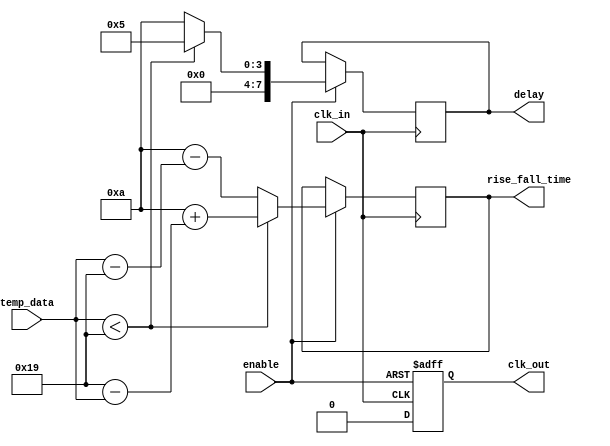
module TempCompClockBuffer (
    input wire clk_in,            // Input clock signal
    input wire [7:0] temp_data,   // Temperature sensor data (8-bit)
    input wire enable,            // Enable signal for the buffer
    output reg clk_out,           // Buffered output clock signal
    output reg [7:0] rise_fall_time, // Adjustable rise and fall times
    output reg [7:0] delay        // Adjustable delay based on temperature
);

    // Parameters for clock characteristics
    parameter BASE_RISE_TIME = 10; // Base rise time in ns
    parameter BASE_FALL_TIME = 10; // Base fall time in ns
    parameter TEMP_THRESHOLD = 25; // Example threshold temperature

    // Internal signals
    reg [7:0] adjusted_rise_time;
    reg [7:0] adjusted_fall_time;
    reg [7:0] adjusted_delay;

    // Clock buffering process
    always @(posedge clk_in or negedge enable) begin
        if (!enable) begin
            clk_out <= 1'b0; // Disable output clock when not enabled
        end else begin
            // Adjust rise and fall times based on temperature data
            if (temp_data < TEMP_THRESHOLD) begin
                adjusted_rise_time = BASE_RISE_TIME + (TEMP_THRESHOLD - temp_data);
                adjusted_fall_time = BASE_FALL_TIME + (TEMP_THRESHOLD - temp_data);
            end else begin
                adjusted_rise_time = BASE_RISE_TIME - (temp_data - TEMP_THRESHOLD);
                adjusted_fall_time = BASE_FALL_TIME - (temp_data - TEMP_THRESHOLD);
            end
            
            // Update rise/fall time and delay
            rise_fall_time <= adjusted_rise_time;
            delay <= adjusted_delay;

            // Generate the buffered clock output
            #adjusted_rise_time clk_out <= 1'b1; // Set high after rise time
            #adjusted_fall_time clk_out <= 1'b0; // Set low after fall time
        end
    end

    // Compensation logic (simplified)
    always @(temp_data) begin
        // Adjust delay based on temperature
        if (temp_data < TEMP_THRESHOLD) begin
            adjusted_delay = 8'd5; // Example value for lower temperatures
        end else begin
            adjusted_delay = 8'd10; // Example value for higher temperatures
        end
    end

endmodule